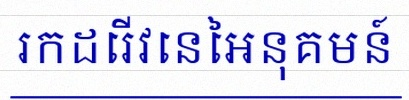
រកដេរីវេនៃអនុគមន៍